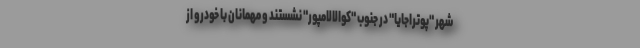
شهر "پوتراجایا" در جنوب "کوالالامپور" نشستند و مهمانان با خودرو از